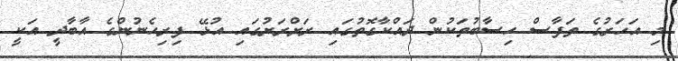
މި އަހަރުގެ ތަފާސް ހިސާބުތަކުން ދައްކާގޮތުގައި ރަށްރަށުގައި އުޅޭ ފިރިހެނުންގެ އާބާދީ އަކީ